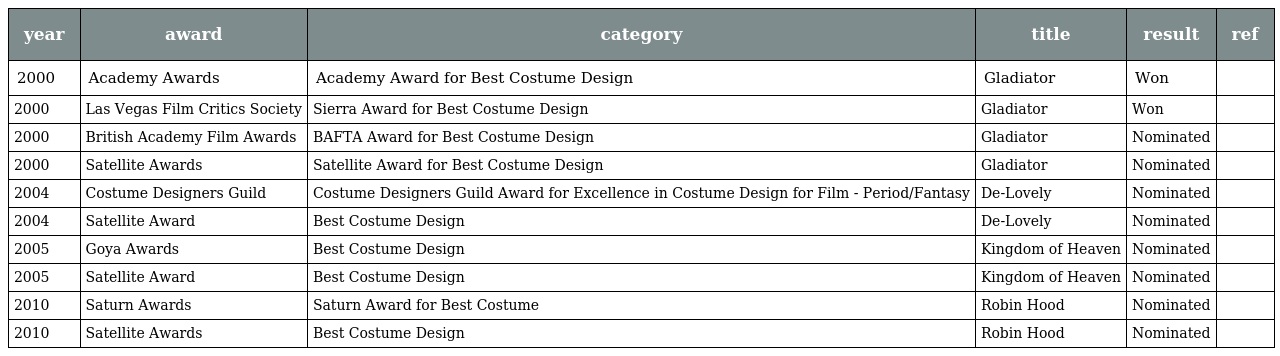
| year | award | category | title | result | ref |
 | --- | --- | --- | --- | --- | --- |
 | 2000 | Academy Awards | Academy Award for Best Costume Design | Gladiator | Won |  |
 | 2000 | Las Vegas Film Critics Society | Sierra Award for Best Costume Design | Gladiator | Won |  |
 | 2000 | British Academy Film Awards | BAFTA Award for Best Costume Design | Gladiator | Nominated |  |
 | 2000 | Satellite Awards | Satellite Award for Best Costume Design | Gladiator | Nominated |  |
 | 2004 | Costume Designers Guild | Costume Designers Guild Award for Excellence in Costume Design for Film - Period/Fantasy | De-Lovely | Nominated |  |
 | 2004 | Satellite Award | Best Costume Design | De-Lovely | Nominated |  |
 | 2005 | Goya Awards | Best Costume Design | Kingdom of Heaven | Nominated |  |
 | 2005 | Satellite Award | Best Costume Design | Kingdom of Heaven | Nominated |  |
 | 2010 | Saturn Awards | Saturn Award for Best Costume | Robin Hood | Nominated |  |
 | 2010 | Satellite Awards | Best Costume Design | Robin Hood | Nominated |  |